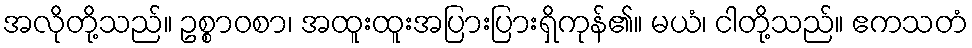
အလိုတို့သည်။ ဥစ္စာဝစာ၊ အထူးထူးအပြားပြားရှိကုန်၏။ မယံ၊ ငါတို့သည်။ ဧကသတံ